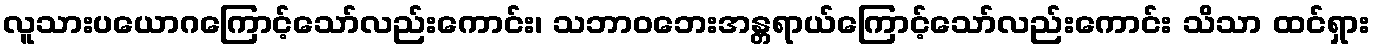
လူသားပယောဂကြောင့်သော်လည်းကောင်း၊ သဘာဝဘေးအန္တရာယ်ကြောင့်သော်လည်းကောင်း သိသာ ထင်ရှား